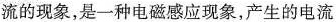
流的现象，是一种电磁感应现象，产生的电流